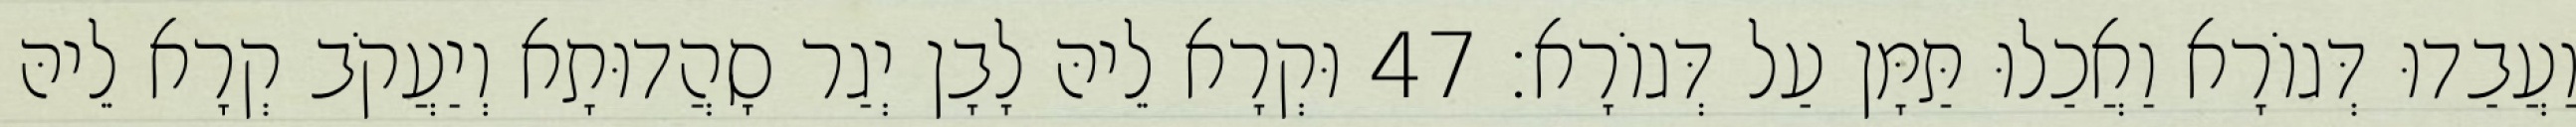
וַעֲבַדוּ דְּגוֹרָא וַאֲכַלוּ תַּמָּן עַל דְּגוֹרָא׃ 47 וּקְרָא לֵיהּ לָבָן יְגַר סָהֲדוּתָא וְיַעֲקֹב קְרָא לֵיהּ